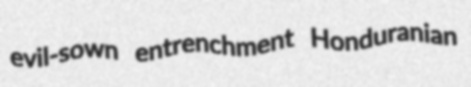
evil-sown entrenchment Honduranian